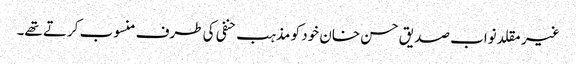
غیر مقلد نواب صدیق حسن خان خود کو مذہب حنفی کی طرف منسوب کرتے تھے۔